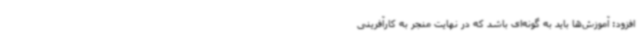
افزود: آموزش‌ها باید به گونه‌ای باشد که در نهایت منجر به کارآفرینی